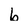
Character: b